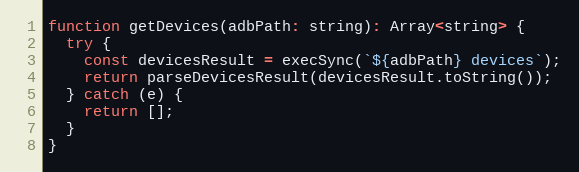
Language: JavaScript
function getDevices(adbPath: string): Array<string> {
  try {
    const devicesResult = execSync(`${adbPath} devices`);
    return parseDevicesResult(devicesResult.toString());
  } catch (e) {
    return [];
  }
}